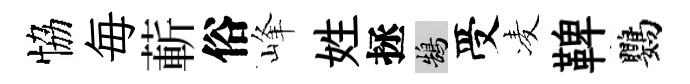
恊毎蔪俗峰姓拯鵠受凌鞞鸚